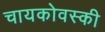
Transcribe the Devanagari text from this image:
चायकोवस्की